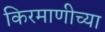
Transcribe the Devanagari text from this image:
किरमाणीच्या